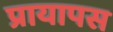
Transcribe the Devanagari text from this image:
प्रायापस